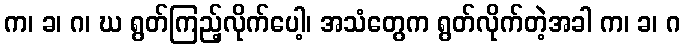
က၊ ခ၊ ဂ၊ ဃ ရွတ်ကြည့်လိုက်ပေါ့၊ အသံတွေက ရွတ်လိုက်တဲ့အခါ က၊ ခ၊ ဂ